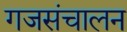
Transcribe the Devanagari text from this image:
गजसंचालन